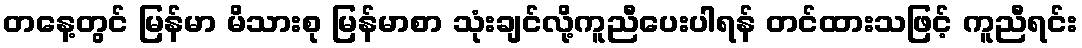
တနေ့တွင် မြန်မာ မိသားစု မြန်မာစာ သုံးချင်လို့ကူညီပေးပါရန် တင်ထားသဖြင့် ကူညီရင်း